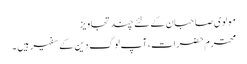
مولوی صاحبان کے لئے چند تجاویز
محترم حضرات، آپ لوگ دین کے سفیر ہیں ۔